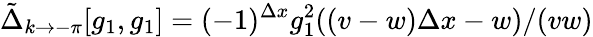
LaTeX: \tilde{\Delta}_{k\to-\pi}[g_{1},g_{1}]=(-1)^{\Delta x}g_{1}^{2}((v-w)\Delta x-w)/(vw)